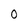
Character: O